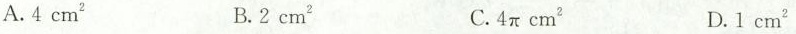
A. 4 cm^{2} B. 2 cm^{2} C. 4\pi cm^{2}D.1cm^{2}